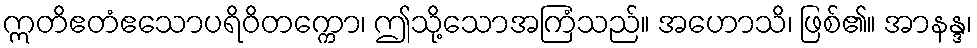
ဣတိဧတံဧသောပရိဝိတက္ကော၊ ဤသို့သောအကြံသည်။ အဟောသိ၊ ဖြစ်၏။ အာနန္ဒ၊